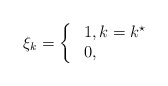
\begin{align*} \xi_k &= \left\{\! \! \! \begin{array}{cl} &1, k=k^{\star} \\ &0, \end{array} \right.\end{align*}